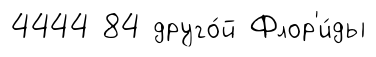
4444 84 друго́й Флор'и́ды